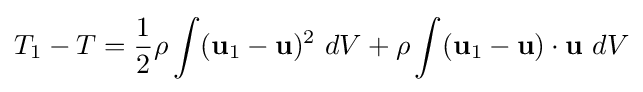
T_{1}-T={\frac {1}{2}}\rho \int (\mathbf {u} _{1}-\mathbf {u} )^{2}\ dV+\rho \int (\mathbf {u} _{1}-\mathbf {u} )\cdot \mathbf {u} \ dV